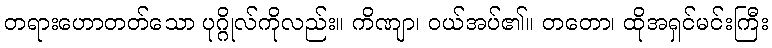
တရားဟောတတ်သော ပုဂ္ဂိုလ်ကိုလည်း။ ကိဏျာ၊ ဝယ်အပ်၏။ တတော၊ ထိုအရှင်မင်းကြီး